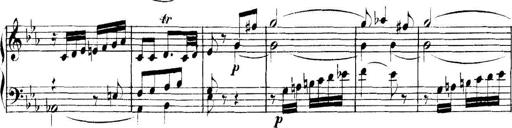
Title: Collected Piano Sonatas
Composer: Muzio Clementi